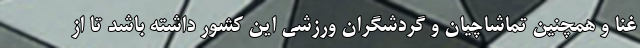
غنا و همچنین تماشاچیان و گردشگران ورزشی این کشور داشته باشد تا از